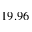
1 9 . 9 6